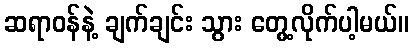
ဆရာဝန်နဲ့ ချက်ချင်း သွား တွေ့လိုက်ပါ့မယ်။